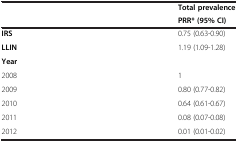
<table><thead><tr><td><b> </b></td><td><b>Total prevalence</b></td></tr><tr><td><b> </b></td><td><b>PRR* (95% CI)</b></td></tr></thead><tbody><tr><td><b>IRS</b></td><td>0.75 (0.63-0.90)</td></tr><tr><td><b>LLIN</b></td><td>1.19 (1.09-1.28)</td></tr><tr><td><b>Year</b></td><td> </td></tr><tr><td>2008</td><td>1</td></tr><tr><td>2009</td><td>0.80 (0.77-0.82)</td></tr><tr><td>2010</td><td>0.64 (0.61-0.67)</td></tr><tr><td>2011</td><td>0.08 (0.07-0.08)</td></tr><tr><td>2012</td><td>0.01 (0.01-0.02)</td></tr></tbody></table>